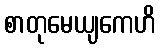
စာတုမေယျကေဟိ